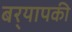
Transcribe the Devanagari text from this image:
बर्‍यापकी